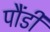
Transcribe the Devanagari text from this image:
पौंडी